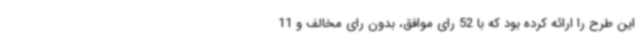
این طرح را ارائه کرده بود که با 52 رای موافق، بدون رای مخالف و 11